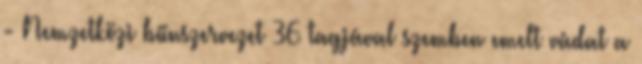
- Nemzetközi bűnszervezet 36 tagjával szemben emelt vádat a